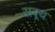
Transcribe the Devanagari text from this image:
सक्र्य